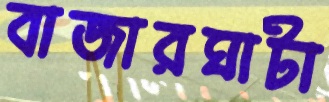
বাজারঘাটা